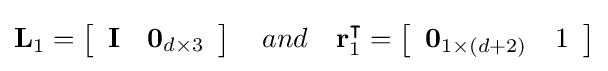
\mathbf {L} _{1}=\left[{\begin{array}{ll}\mathbf {I} &\mathbf {0} _{d\times 3}\end{array}}\right]\quad and\quad \mathbf {r} _{1}^{\intercal }=\left[{\begin{array}{ll}\mathbf {0} _{1\times (d+2)}&1\end{array}}\right]